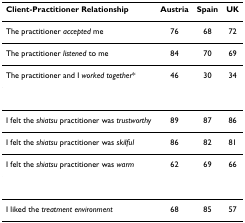
<table><thead><tr><td><b>Client-Practitioner Relationship</b></td><td><b>Austria</b></td><td><b>Spain</b></td><td><b>UK</b></td></tr></thead><tbody><tr><td>The practitioner <i>accepted </i>me</td><td>76</td><td>68</td><td>72</td></tr><tr><td>The practitioner <i>listened </i>to me</td><td>84</td><td>70</td><td>69</td></tr><tr><td>The practitioner and I <i>worked together</i>*</td><td>46</td><td>30</td><td>34</td></tr><tr><td>I felt the <i>shiatsu </i>practitioner was <i>trustworthy</i></td><td>89</td><td>87</td><td>86</td></tr><tr><td>I felt the <i>shiatsu </i>practitioner was <i>skilful</i></td><td>86</td><td>82</td><td>81</td></tr><tr><td>I felt the <i>shiatsu </i>practitioner was <i>warm</i></td><td>62</td><td>69</td><td>66</td></tr><tr><td>I liked the <i>treatment environment</i></td><td>68</td><td>85</td><td>57</td></tr></tbody></table>